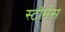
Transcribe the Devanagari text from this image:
स्टॉर्मस